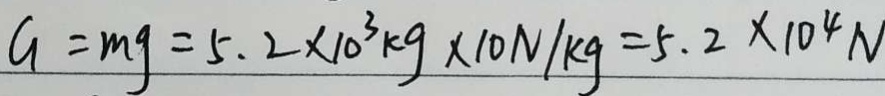
G = m g = 5 . 2 \times 1 0 ^ { 3 } k g \times 1 0 N / k g = 5 . 2 \times 1 0 ^ { 4 } N